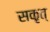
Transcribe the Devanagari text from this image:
सकृत्